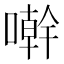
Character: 𠿨